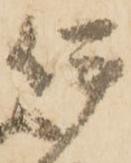
伊